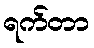
ရက်တာ